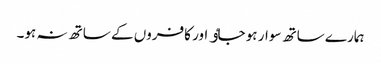
ہمارے ساتھ سوار ہو جاٶ اور کافروں کے ساتھ نہ ہو۔